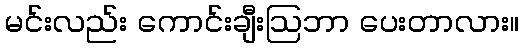
မင်းလည်း ကောင်းချီးဩဘာ ပေးတာလား။